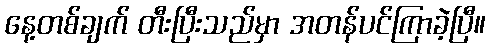
နေ့တစ်ချက် တီးပြီးသည်မှာ အတန်ပင်ကြာခဲ့ပြီ။